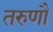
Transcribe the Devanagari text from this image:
तरुणौ